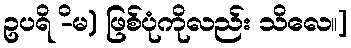
ဥပရိ -ိမ) ဖြစ်ပုံကိုလည်း သိလေ။]